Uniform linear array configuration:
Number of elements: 48
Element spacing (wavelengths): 0.5
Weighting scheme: hann
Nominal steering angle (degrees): -15
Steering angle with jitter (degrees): -15.689
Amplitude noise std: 0.05
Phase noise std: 0.05

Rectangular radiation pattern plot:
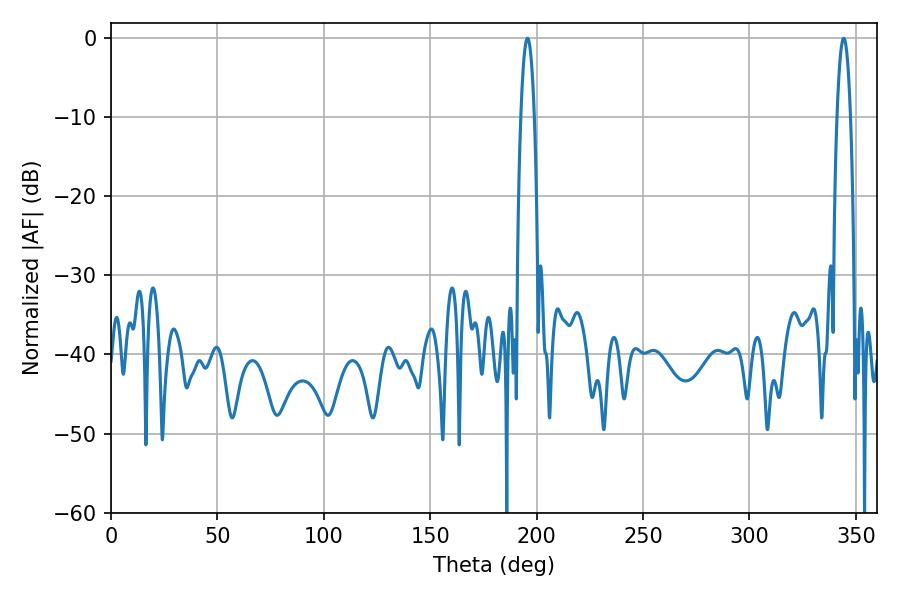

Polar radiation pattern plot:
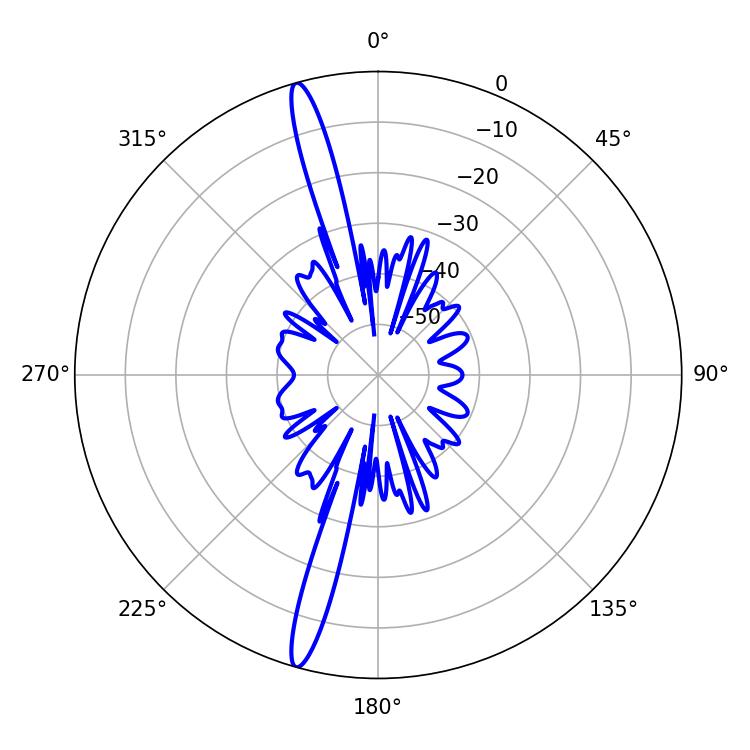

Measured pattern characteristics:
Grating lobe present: FALSE
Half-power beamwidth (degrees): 3.42
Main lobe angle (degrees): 195.66